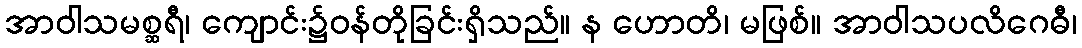
အာဝါသမစ္ဆရီ၊ ကျောင်း၌ဝန်တိုခြင်းရှိသည်။ န ဟောတိ၊ မဖြစ်။ အာဝါသပလိဂေဓီ၊